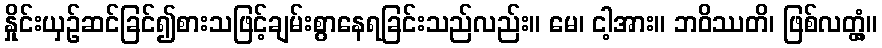
နှိုင်းယှဉ်ဆင်ခြင်၍စားသဖြင့်ချမ်းစွာနေရခြင်းသည်လည်း။ မေ၊ ငါ့အား။ ဘဝိဿတိ၊ ဖြစ်လတ္တံ့။